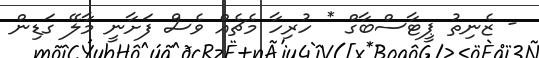
- ޒެނިތު ޕީޓާސްބާގް * ހުރިހާ މެޗެއް ވެސް ފަށާނީ މާލޭ ގަޑިން